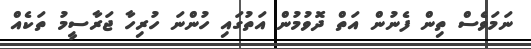
ނަމަވެސް ތިން ފެނުން އަތް ދޮވުމުން އަތުގައި ހުންނަ ހުރިހާ ޖަރާސީމު ތަކެއް